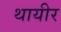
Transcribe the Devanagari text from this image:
थायीर